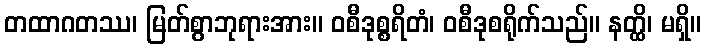
တထာဂတဿ၊ မြတ်စွာဘုရားအား။ ဝစီဒုစ္စရိတံ၊ ဝစီဒုစရိုက်သည်။ နတ္ထိ၊ မရှိ။